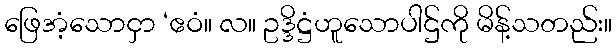
ဖြေအံ့သောငှာ ‘ဧဝံ။ လ။ ဥဒ္ဒိဋ္ဌံဟူသောပါဌ်ကို မိန့်သတည်း။